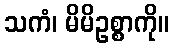
သကံ၊ မိမိဥစ္စာကို။